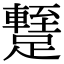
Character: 𨆧